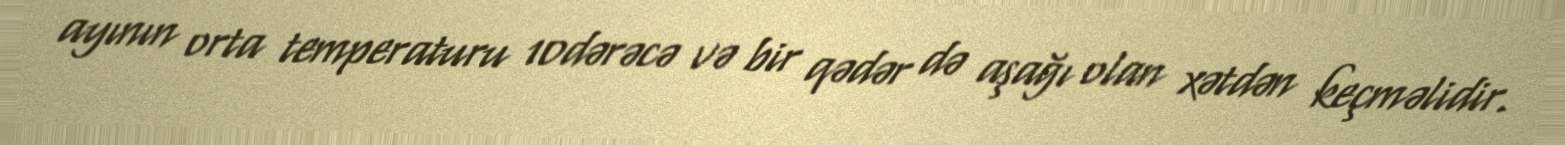
ayının orta temperaturu 10dərəcə və bir qədər də aşağı olan xətdən keçməlidir.